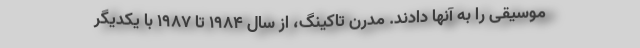
موسیقی را به آنها دادند. مدرن تاکینگ، از سال ۱۹۸۴ تا ۱۹۸۷ با یکدیگر